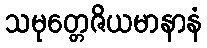
သမုတ္တေဇိယမာနာနံ